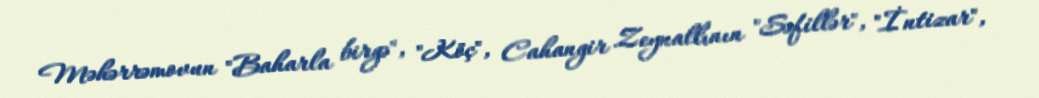
Məhərrəmovun "Baharla birgə", "Köç", Cahangir Zeynallının "Səfillər", "İntizar",